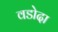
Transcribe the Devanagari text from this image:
वडोदा